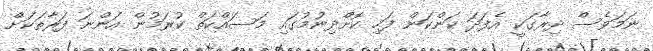
ނަމަވެސް ދިރާގަކީ އެފަދަ ކަންކަން ފަހި ކޮށްދިނުމުގައި މަސައްކަތް ކުރަމުން އަންނަ ފަރާތަކަށް